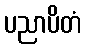
ပညာပိတံ